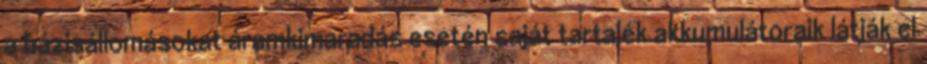
a bázisállomásokat áramkimaradás esetén saját tartalék akkumulátoraik látják el